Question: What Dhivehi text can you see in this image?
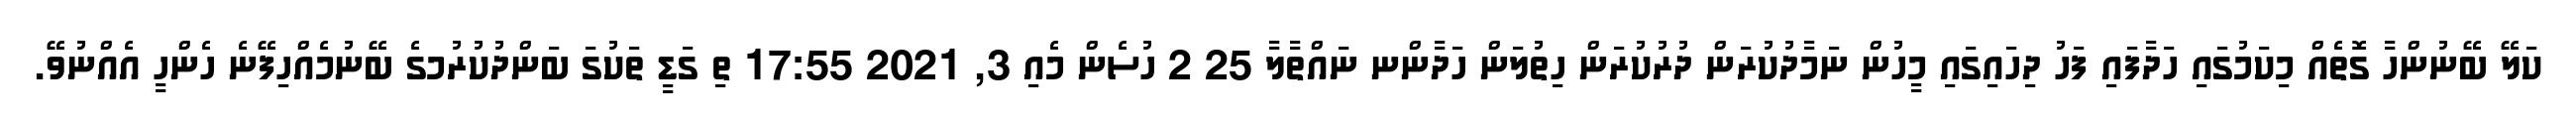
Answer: ކަލޭ ބޭނުންހާ ގޮތެއް މިކަމުގައި ހަދާފައި ފަހު ދިހައިގައި މީހުން ނަމާދުކުރަން ދުރުކުރަން ހިތުލަން ހަދާންނ ނައްތާލާ 25 2 ހުސެން މެއި 3, 2021 17:55 ތި ގަޑީ ތަކުގަ ބަންދުކުރުމގެ ބޭނުމެއްހިފޭނެ ހެންހީ އެއްނުވޭ.